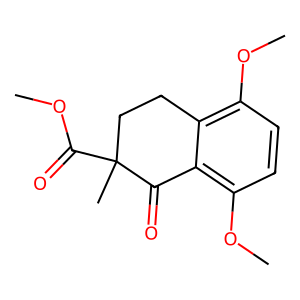
SMILES: COC(=O)C1(C)CCc2c(OC)ccc(OC)c2C1=O
Inhibits HIV replication: Yes